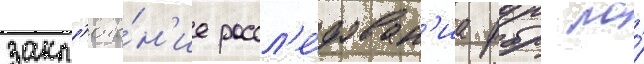
закл'юче́н'ие рассл'е́дован'иа фбр по́